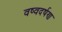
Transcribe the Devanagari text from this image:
वष्वदर्षण